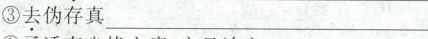
③\underset{·}{去}伪存真___